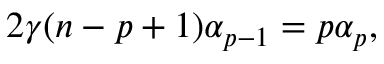
2 \gamma ( n - p + 1 ) \alpha _ { p - 1 } = p \alpha _ { p } ,